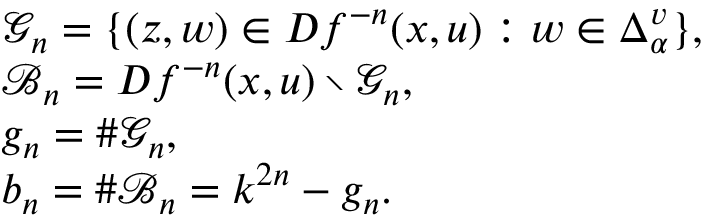
\begin{array} { r l } & { \mathcal { G } _ { n } = \{ ( z , w ) \in D f ^ { - n } ( x , u ) : w \in \Delta _ { \alpha } ^ { v } \} , } \\ & { \mathcal { B } _ { n } = D f ^ { - n } ( x , u ) \setminus \mathcal { G } _ { n } , } \\ & { g _ { n } = \# \mathcal { G } _ { n } , } \\ & { b _ { n } = \# \mathcal { B } _ { n } = k ^ { 2 n } - g _ { n } . } \end{array}